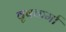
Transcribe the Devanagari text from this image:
वृषकर्मा